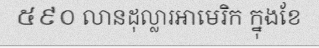
៥៩០ លានដុល្លារអាមេរិក ក្នុងខែ